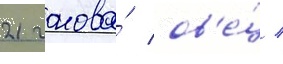
21 голова́ ов'е́ц /